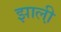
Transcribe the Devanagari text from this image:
झाली़